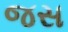
જસ